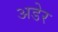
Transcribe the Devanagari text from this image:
अडेर